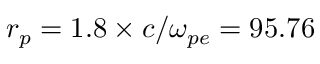
r _ { p } = 1 . 8 \times c / \omega _ { p e } = 9 5 . 7 6